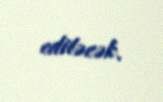
ediləcək.